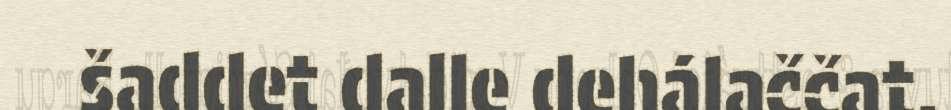
šaddet dalle dehálaččat.